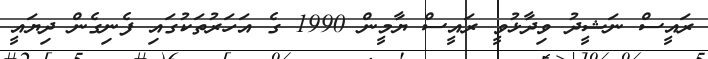
ރައީސް ނަޝީދު ވިދާޅުވީ ރައީސް ޔާމީން 1990 ގެ އަހަރުތަކުގައި ފެނިގެން ދިޔައީ